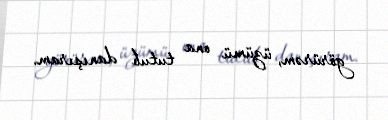
görürəm, üzümü ona tutub danışıram.